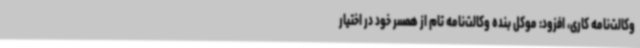
وکالت‌نامه کاری، افزود: موکل بنده وکالت‌نامه تام از همسر خود در اختیار